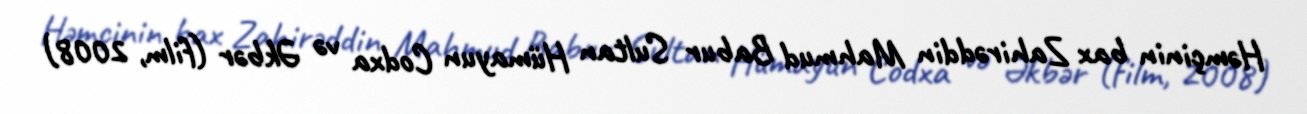
Həmçinin bax Zahirəddin Mahmud Babur Sultan Hümayun Codxa və Əkbər (film, 2008)